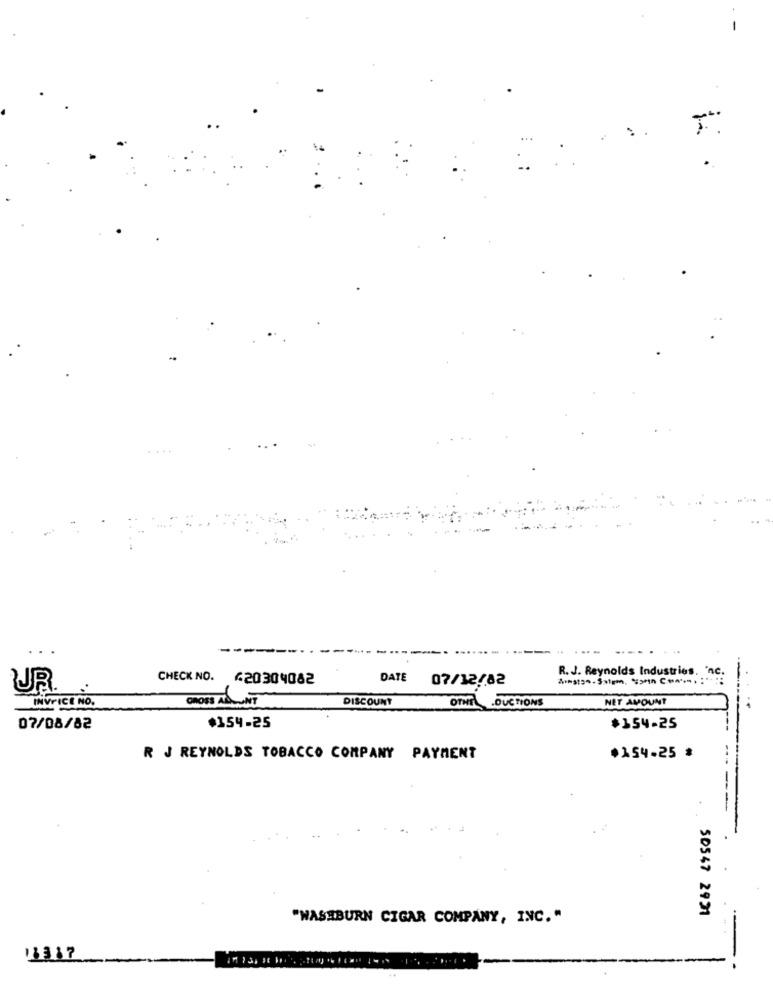
-
-
R. J. Reynolds Industries. "nc.
CHECK NO. 420304082
DATE
07/12/82
UUR.
CROSS ABLUNT
DISCOUNT
NET AMOUNT
INVOICE NO.
OTNTL .DUCTIONS
07/08/82
$154-25
$154-25
R J REYNOLDS TOBACCO COMPANY PAYMENT
+354.25 :
50547 2931
"WASHBURN CIGAR COMPANY, INC."
11317